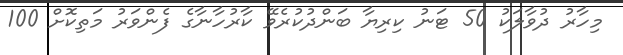
މިހާރު ދުވާލަކު 50 ޓަނު ކިރިޔާ ބަންދުކުރެވޭ ކާރުހާނާގެ ފެންވަރު މަތިކޮށް 100